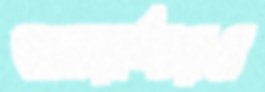
জোয়ার্দারও